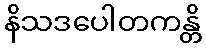
နိသဒပေါတကန္တိ